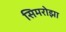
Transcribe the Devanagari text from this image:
सिमरोझा